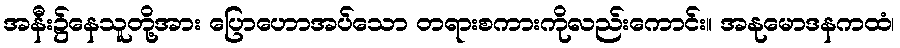
အနီး၌နေသူတို့အား ပြောဟောအပ်သော တရားစကားကိုလည်းကောင်း။ အနုမောဒနကထံ၊